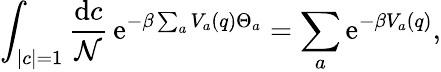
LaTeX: \int_{|c|=1}\frac{\mathrm{d}c}{\mathcal{N}}\, \mathrm{e}^{-\beta\sum_{a}V_{a}(q)\Theta_{a}}=\sum_{a}\mathrm{e}^{-\beta V_{a}(q)},